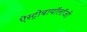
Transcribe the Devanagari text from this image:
ऐस्ट्रोबायॉलॉजी